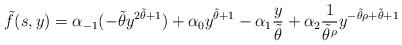
LaTeX: \begin{align*}\tilde{f}(s,y)&=\alpha_{-1}(-\tilde{\theta} y^{2\tilde{\theta}+1})+\alpha_0y^{\tilde{\theta}+1}-\alpha_1\frac{y}{\tilde{\theta}}+\alpha_2 \frac{1}{\tilde{\theta}^{\rho}} y^{-\tilde{\theta}\rho+\tilde{\theta}+1}\end{align*}